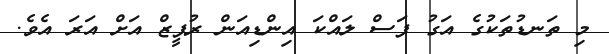
މި ތަނޑުތަކުގެ އަގު ފަސް ލައްކަ އިންޑިއަން ރުޕީޒް އަށް އަރަ އެވެ.